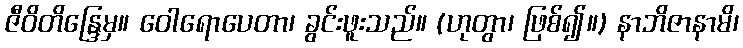
ဇီဝိတိန္ဒြေမှ။ ဝေါရောပေတာ၊ ခွင်းဖူးသည်။ (ဟုတွာ၊ ဖြစ်၍။) နာဘိဇာနာမိ၊